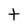
Character: t